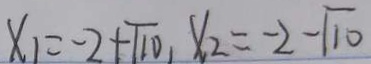
x _ { 1 } = - 2 + \sqrt { 1 0 } , x _ { 2 } = - 2 - \sqrt { 1 0 }